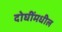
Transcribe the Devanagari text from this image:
दोघींमधील